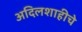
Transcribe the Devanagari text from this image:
अदिलशाहीचे